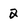
Character: 2